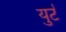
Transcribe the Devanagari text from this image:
युर्ट